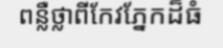
ពន្លឺថ្លាពីកែវភ្នែកដ៏ធំ